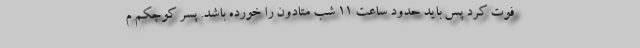
فوت کرد پس باید حدود ساعت ۱۱ شب متادون را خورده باشد. پسر کوچکم م